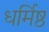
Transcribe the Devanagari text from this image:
धर्मिष्ठ